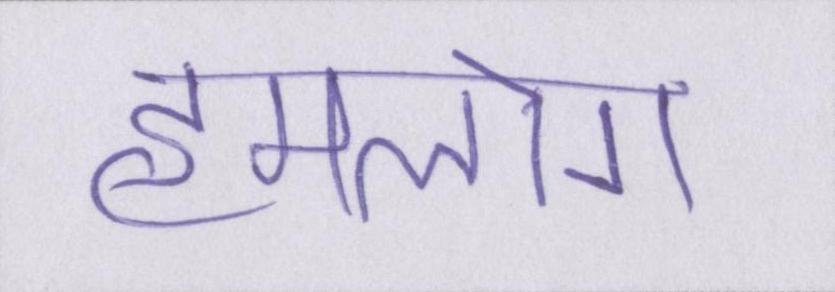
हमलोग